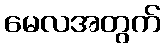
မေလအတွက်